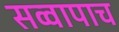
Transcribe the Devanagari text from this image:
सव्वापाच